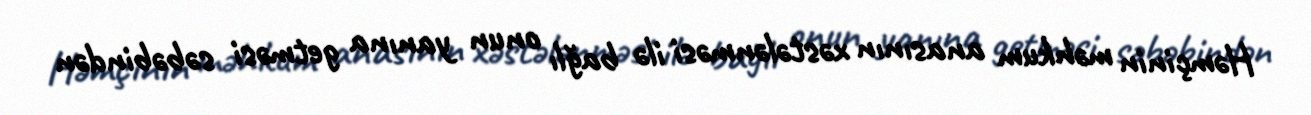
Həmçinin məhkum anasının xəstələnməsi ilə bağlı onun yanına getməsi səbəbindən